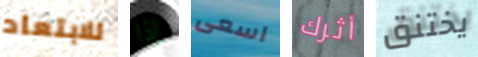
للابتعاد إذا اسعى أثرك يختنق